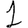
Digit: 1